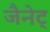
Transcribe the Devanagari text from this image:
जैनेट्